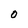
Character: 0